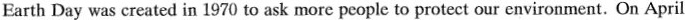
Earth Day was created in 1970 to ask more people to protect our environment. On April